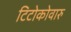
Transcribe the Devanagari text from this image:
टिटोकोवारु